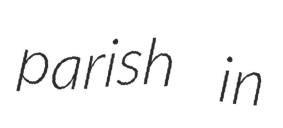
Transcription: parish in